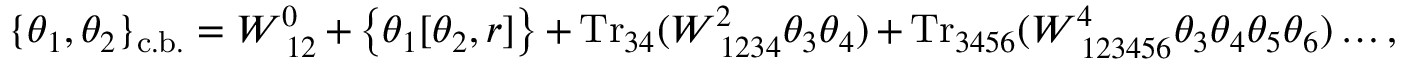
\{ \theta _ { 1 } , \theta _ { 2 } \} _ { \mathrm { c . b . } } = W _ { ~ 1 2 } ^ { 0 } + \left\{ \theta _ { 1 } [ \theta _ { 2 } , r ] \right\} + \mathrm { T r } _ { 3 4 } ( W _ { ~ 1 2 3 4 } ^ { 2 } \theta _ { 3 } \theta _ { 4 } ) + \mathrm { T r } _ { 3 4 5 6 } ( W _ { ~ 1 2 3 4 5 6 } ^ { 4 } \theta _ { 3 } \theta _ { 4 } \theta _ { 5 } \theta _ { 6 } ) \ldots ,